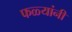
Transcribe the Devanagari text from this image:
फळ्यांनी